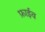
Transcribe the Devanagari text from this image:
फ़ाईव